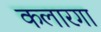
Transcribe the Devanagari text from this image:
कलारगा